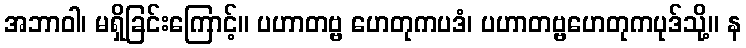
အဘာဝါ၊ မရှိခြင်းကြောင့်။ ပဟာတဗ္ဗ ဟေတုကပဒံ၊ ပဟာတဗ္ဗဟေတုကပုဒ်သို့။ န